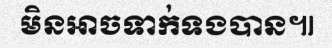
មិនអាចទាក់ទងបាន៕